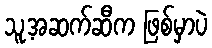
သူ့အဆက်ဆီက ဖြစ်မှာပဲ